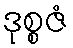
ဒုစ္စဇံ